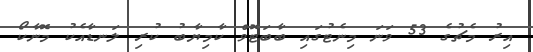
އިރު މެޗުގެ 53 ވަނަ މިނެޓުގައި ބާބަޓޮވް ކާމިޔާބު ކުރި ލަނޑާއެކު މޮނާކޯ